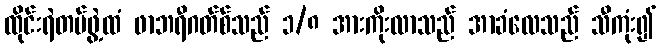
ထိုင်းရဲတပ်ဖွဲ့ထံ ဖာဘရီဂတ်စ်သည် ၁/၈ အားကိုးလာသည် အာခံလေသည် သီကုံး၍